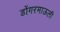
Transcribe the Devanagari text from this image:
डोंगरमाऊली